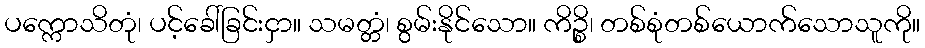
ပက္ကောသိတုံ၊ ပင့်ခေါ်ခြင်းငှာ။ သမတ္တံ၊ စွမ်းနိုင်သော။ ကိဉ္စိ၊ တစ်စုံတစ်ယောက်သောသူကို။